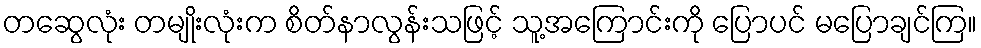
တဆွေလုံး တမျိုးလုံးက စိတ်နာလွန်းသဖြင့် သူ့အကြောင်းကို ပြောပင် မပြောချင်ကြ။